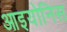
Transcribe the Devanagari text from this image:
आइयोनिस